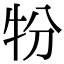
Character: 㸮